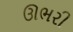
ઊભરી